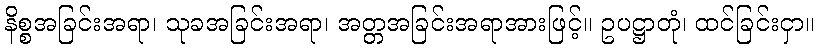
နိစ္စအခြင်းအရာ၊ သုခအခြင်းအရာ၊ အတ္တအခြင်းအရာအားဖြင့်။ ဥပဋ္ဌာတုံ၊ ထင်ခြင်းငှာ။